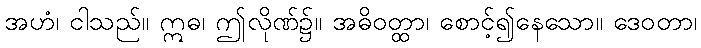
အဟံ၊ ငါသည်။ ဣဓ၊ ဤလိုဏ်၌။ အဓိဝတ္ထာ၊ စောင့်၍နေသော။ ဒေဝတာ၊